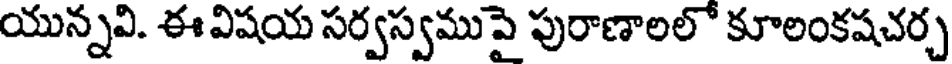
యున్నవి. ఈ విషయ సర్వస్వముపై పురాణాలలో కూలంకషచర్చ